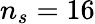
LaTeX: n_{s}=16